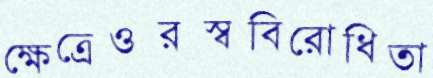
ক্ষেত্রেওরস্ববিরোধিতা